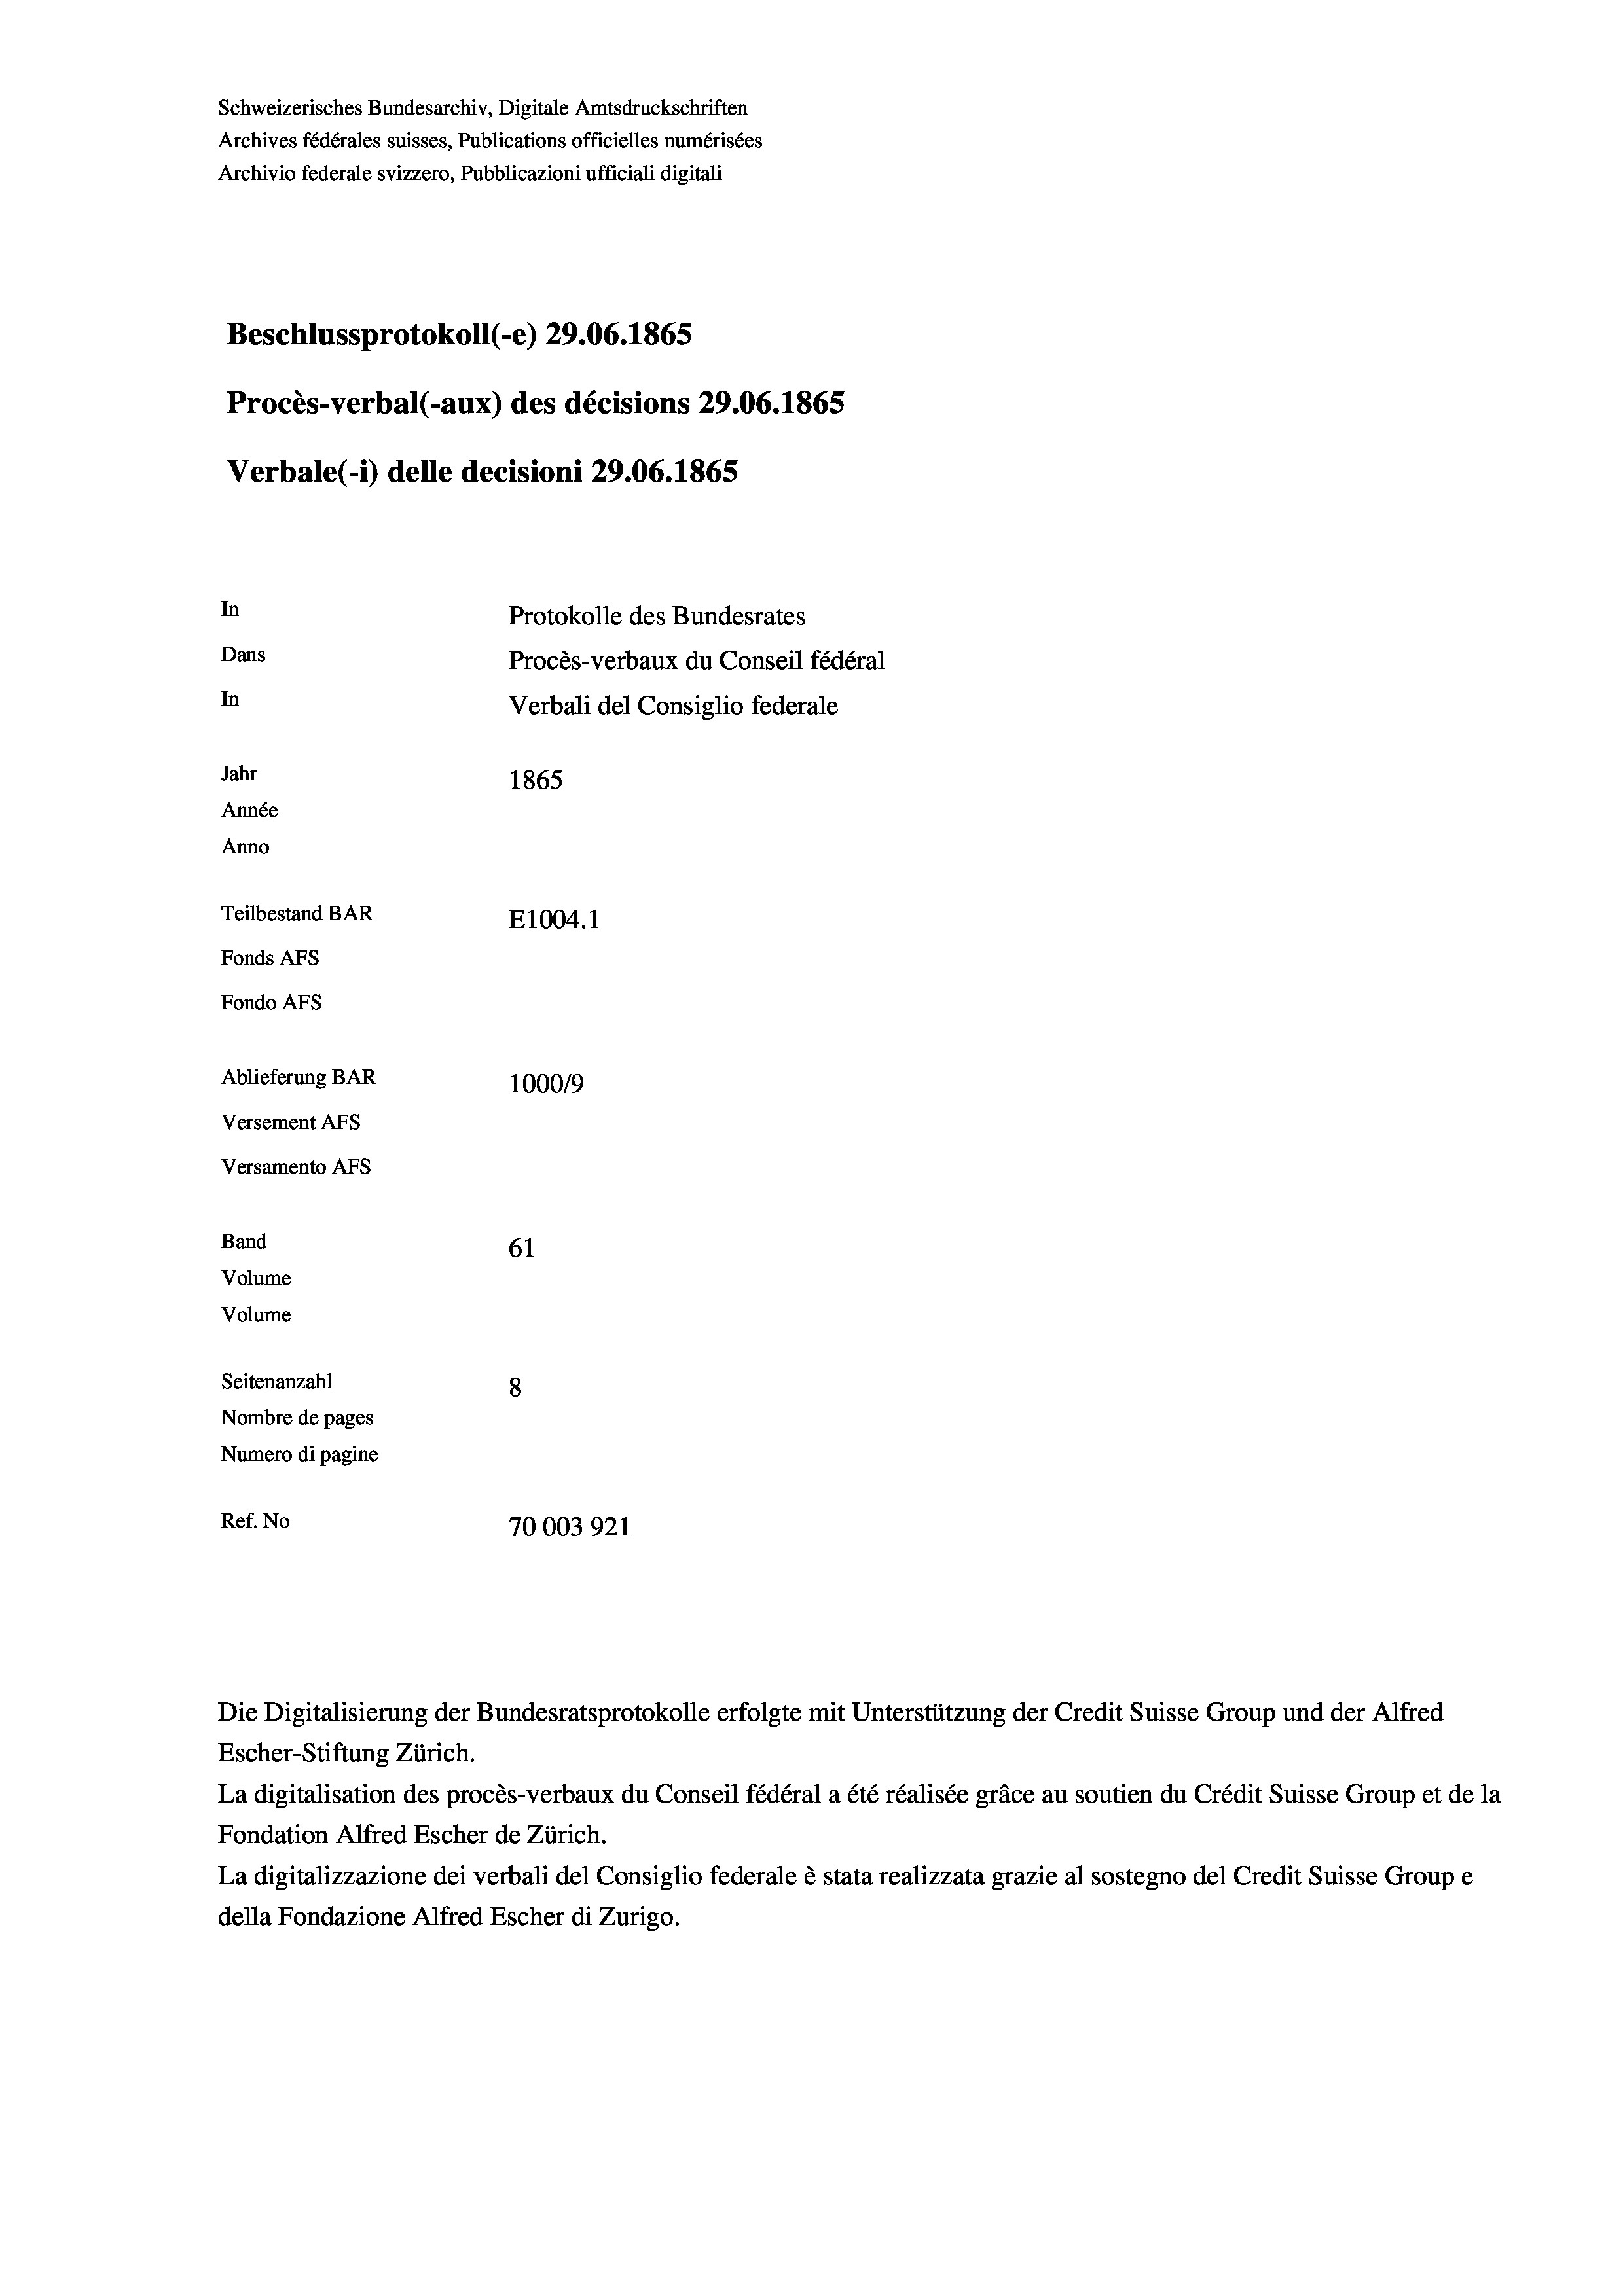
Schweizerisches Bundesarchiv, Digitale Amtsdruckschriften
Archives fédérales suisses, Publications officielles numérisées
Archivio federale svizzero, Pubblicazioni ufficiali digitali
Beschlussprotokoll (-e) 29.06. 1865
Procès-verbal (-aux) des décisions 29.06. 1865
Verbale(1) delle decisioni 29.06. 1865
In
Protokolle des Bundesrates
Dans
Procès-verbaux du Conseil fédéral
In
Verbali del Consiglio federale
Jahr
1865
Année
Anno
Teilbestand BAR
E1004. 1
Fonds AEs
Fondo AFs
Ablieferung BAR
100019
Versement AFS
Versamento AFs
Band
61
Volume
Volume
Seitenanzahl
8

Nombre de pages
Numero di pagine
Ref. No
70003921

l

Escher-Stiftung Zürich.
La digitalisation des procès-verbaux du Conseil fédéral a été réalisée gräce au soutien du Crédit Suisse Group et de la
Fondation Alfred Escher de Zürich.
La digitalizzazione dei verbali del Consiglio federale è stata realizzata grazie al sostegno del Credit Suisse Groupe
della Fondazione Alfred Escher di Zurigo.

Die Digitalisierung der Bundesratsprotokolle erfolgte mit Unterstützung der Credit Suisse Group und der Alfred